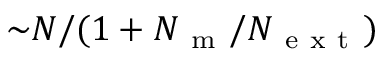
{ \sim } N / ( 1 + N _ { \mathrm { ~ m ~ } } / N _ { \mathrm { ~ e ~ x ~ t ~ } } )